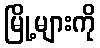
မြို့များကို